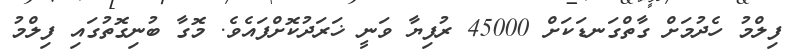
ފިލްމު ހެދުމަށް ގާތްގަނޑަކަށް 45000 ރުފިޔާ ވަނީ ޚަރަދުކޮށްފައެވެ. މޮގާ ބުނިގޮތުގައި ފިލްމު